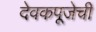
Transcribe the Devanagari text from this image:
देवकपूजेची